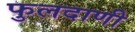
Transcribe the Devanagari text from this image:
फुलदाणी